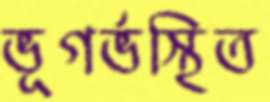
ভূগর্ভস্থিত